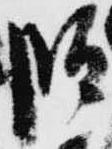
段